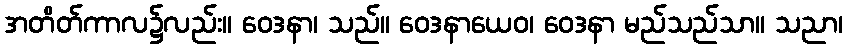
အတိတ်ကာလ၌လည်း။ ဝေဒနာ၊ သည်။ ဝေဒနာယေဝ၊ ဝေဒနာ မည်သည်သာ။ သညာ၊